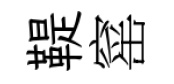
鞮窰